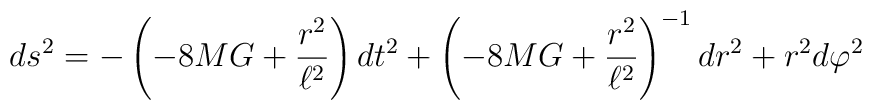
ds^2=-\left(-8MG+\frac{r^2}{\ell^2}\right)dt^2+\left(-8MG+\frac{r^2}{\ell^2}\right)^{-1}dr^2+r^2d\varphi^2